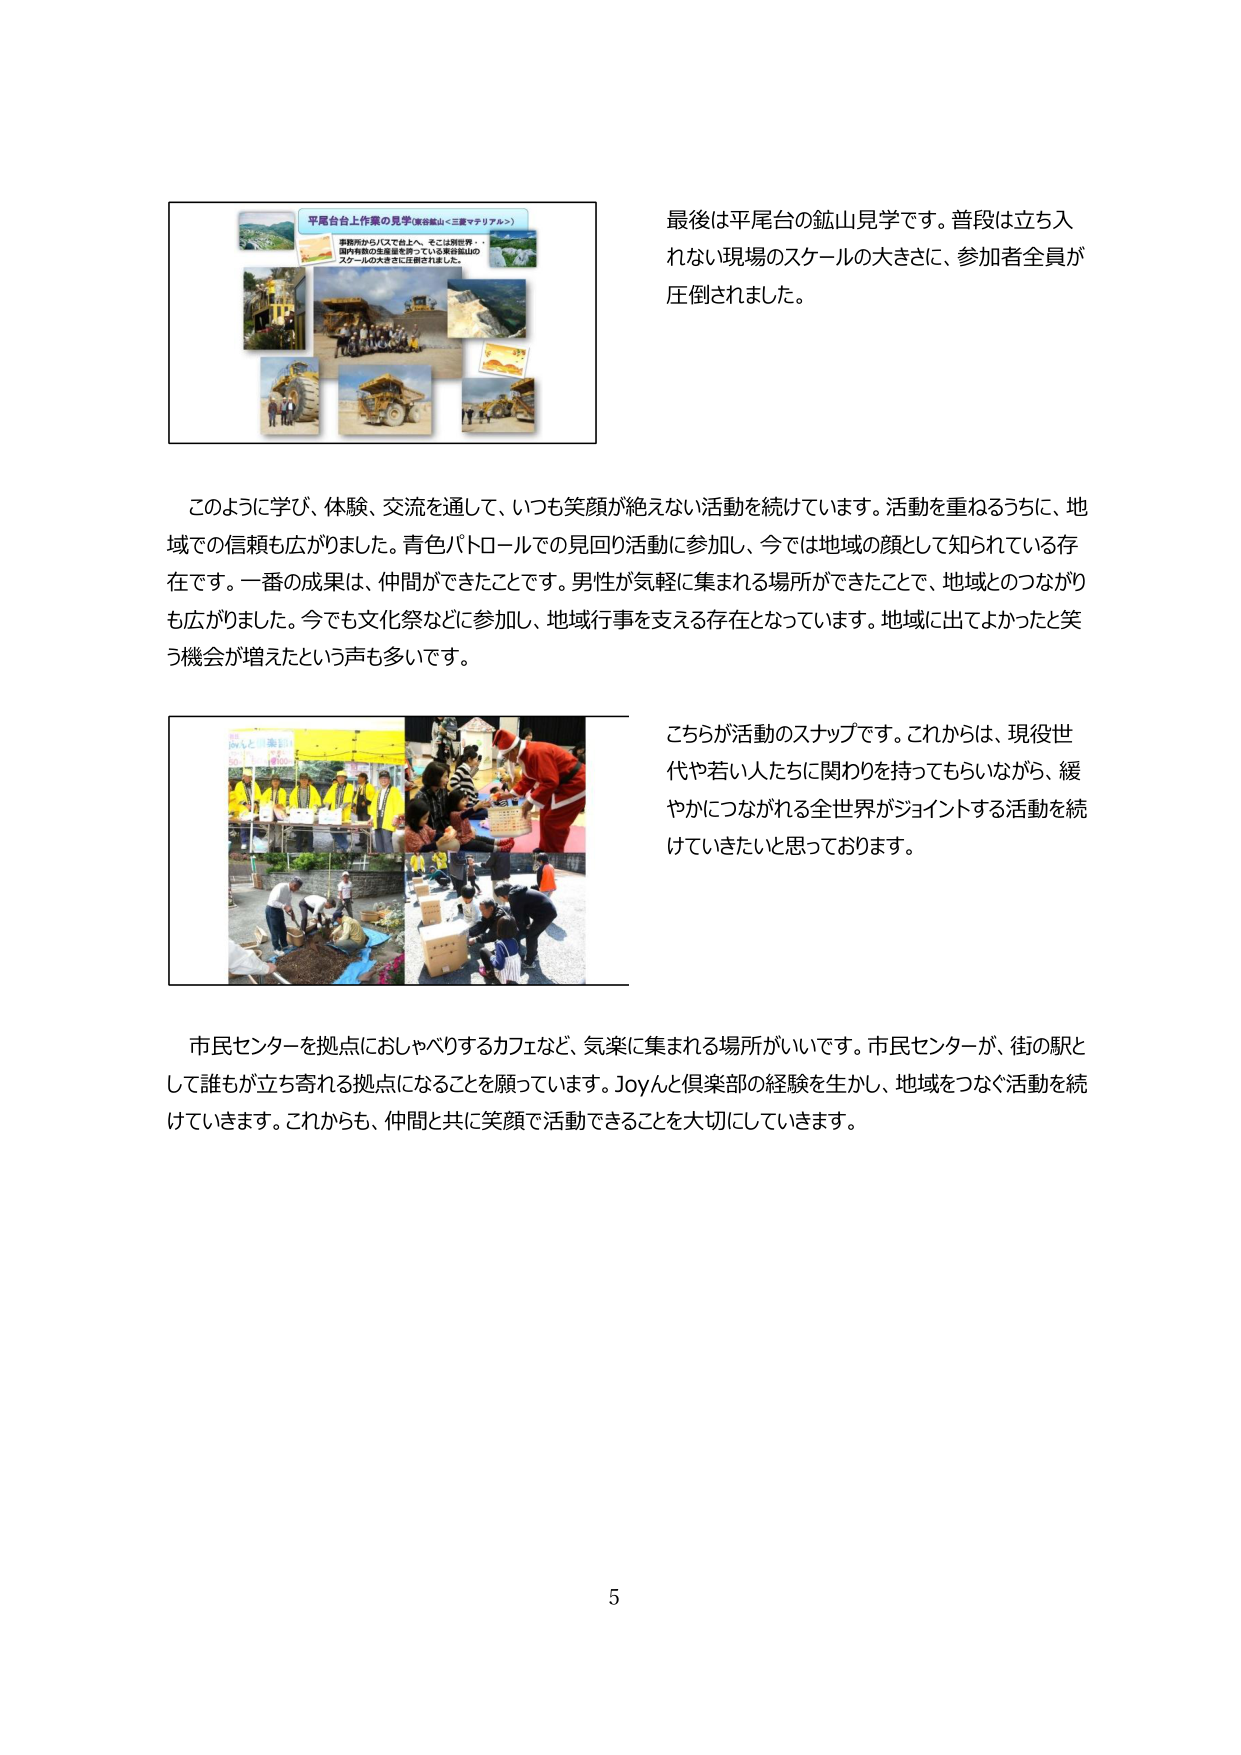
平尾台台上作業の見学（無音鉱山＜三重マテリアル＞）
事務所からバスで台上へ。そこは別世界。
国内有数の生産量を誇っている無音鉱山の
スケールの大きさに圧倒されました。

最後は平尾台の鉱山見学です。普段は立ち入
れない現場のスケールの大きさに、参加者全員が
圧倒されました。

このように学び、体験、交流を通して、いつも笑顔が絶えない活動を続けています。活動を重ねるうちに、地
域での信頼も広がりました。青色パトロールでの見回り活動に参加し、今では地域の顔として知られている存
在です。一番の成果は、仲間ができたことです。男性が気軽に集まれる場所ができたことで、地域とのつながり
も広がりました。今でも文化祭などに参加し、地域行事を支える存在となっています。地域に出てよかったと笑
う機会が増えたという声も多いです。

こちらが活動のスナップです。これからは、現役世
代や若い人たちに関わりを持ってもらいながら、緩
やかにつながれる全世界がジョイントする活動を続
けていきたいと思っております。

市民センターを拠点におしゃべりするカフェなど、気楽に集まれる場所がいいです。市民センターが、街の駅と
して誰もが立ち寄れる拠点になることを願っています。Joyんと倶楽部の経験を生かし、地域をつなぐ活動を続
けていきます。これからも、仲間と共に笑顔で活動できることを大切にしていきます。

5